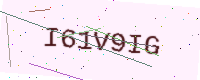
Text: I61V9IG